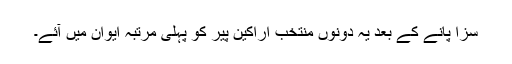
سزا پانے کے بعد یہ دونوں منتخب اراکین پیر کو پہلی مرتبہ ایوان میں آئے۔